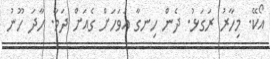
އޯކޭ. މިހާރު ރަގަޅު. ދެން ހިނގާ އަވަހަށް ގެއަށް ދަމާ. ހާދަ ހޫނު